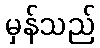
မှန်သည်